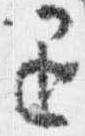
退